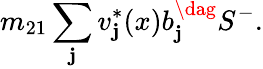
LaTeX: m_{21}\sum_{\mathbf{j}}v_{\mathbf{j}}^{*}(x)b_{\mathbf{j}}^{\dag}S^{-}.